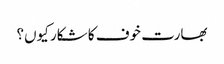
بھارت خوف کا شکار کیوں؟